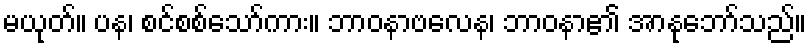
မယုတ်။ ပန၊ စင်စစ်သော်ကား။ ဘာဝနာဗလေန၊ ဘာဝနာ၏ အာနုဘော်သည်။